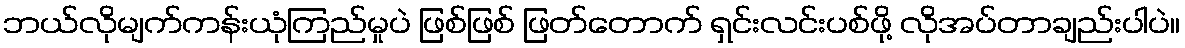
ဘယ်လိုမျက်ကန်းယုံကြည်မှုပဲ ဖြစ်ဖြစ် ဖြတ်တောက် ရှင်းလင်းပစ်ဖို့ လိုအပ်တာချည်းပါပဲ။